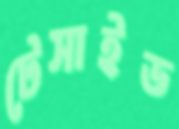
টেসাইড